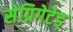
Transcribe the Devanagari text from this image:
सेग्रिगेटेड